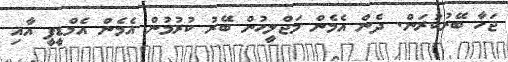
ޖަހާ ބޭރުކުރަން. ދެން އެމެން މަޖްލީހުން ބޭރު ކުރުމުން އެމެން އެމްޑީޕީ އާއި